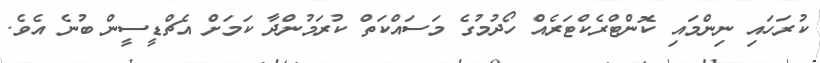
ކުރަހައި ނިންމައި ކޮންޓްރެކްޓަރެއް ހޯދުމުގެ މަސައްކަތް ކުރަމުންދާ ކަަމަށް އެޗްޑީސީން ބުނެ އެވެ.